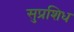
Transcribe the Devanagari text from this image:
सुप्रशिध